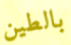
بالطين